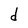
Character: d